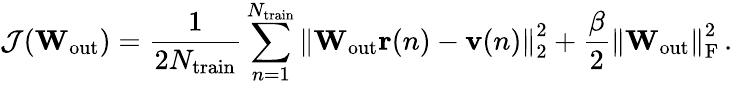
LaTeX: \mathcal{J}(\mathbf{W}_{\mathrm{out}})=\frac{1}{2N_{\mathrm{train}}}\sum_{n=1}^{N_{\mathrm{train}}}\left\lVert\mathbf{W}_{\mathrm{out}}\mathbf{r}(n)-\mathbf{v}(n)\right\rVert_{2}^{2}+\frac{\beta}{2}\left\lVert\mathbf{W}_{\mathrm{out}}\right\rVert_{\mathrm{F}}^{2}\, .